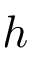
h